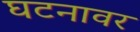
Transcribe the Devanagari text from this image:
घटनावर